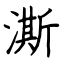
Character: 澌